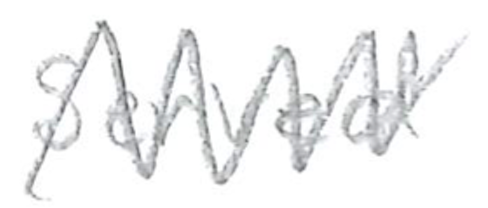
Text: served
Cross-out: zig-zag
Writing tool: pencil